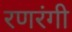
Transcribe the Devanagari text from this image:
रणरंगी